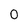
Character: 0